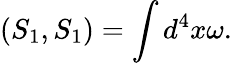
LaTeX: \left(S_{1},S_{1}\right)=\int d^{4}x\omega.